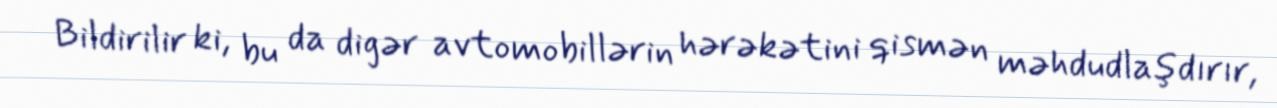
Bildirilir ki, bu da digər avtomobillərin hərəkətini qismən məhdudlaşdırır,